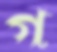
গ